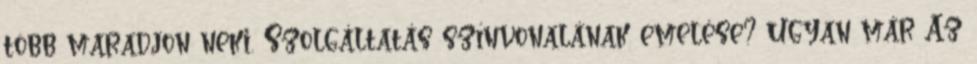
több maradjon neki. Szolgáltatás színvonalának emelése? Ugyan már Az